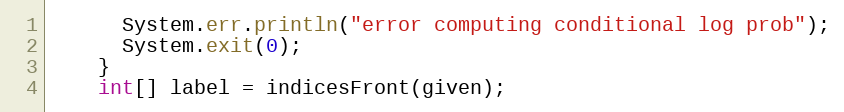
Language: Java
      System.err.println("error computing conditional log prob");
      System.exit(0);
    }
    int[] label = indicesFront(given);